Indian journal of veterinary science and animal husbandry - Volume 1,
Year: 1931
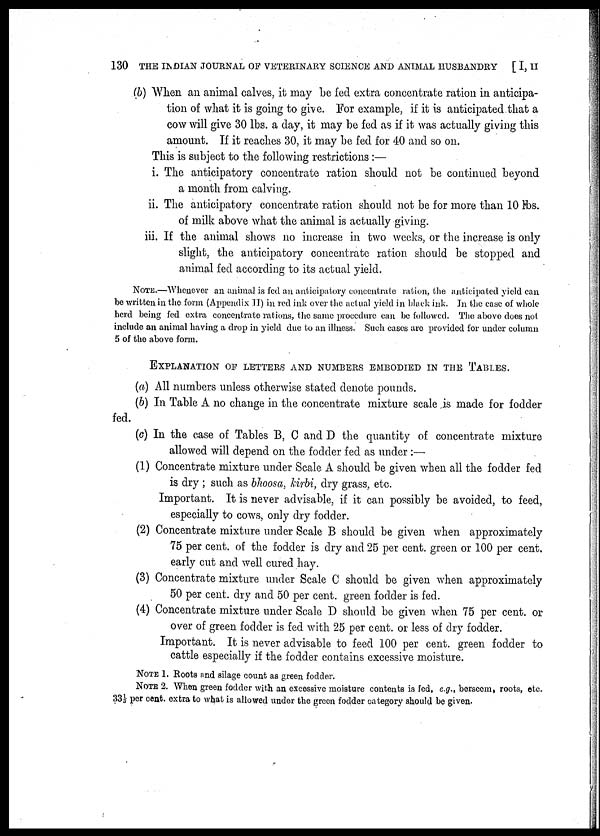
130 THE INDIAN JOURNAL OF VETERINARY SCIENCE AND ANIMAL HUSBANDRY [ I, II
(b) When an animal calves, it may be fed extra concentrate ration in anticipa
tion of what it is going to give. For example, if it is anticipated that a
cow will give 30 lbs. a day, it may be fed as if it was actually giving this
amount. If it reaches 30, it may be fed for 40 and so on.
This is subject to the following restrictions :—
i. The anticipatory concentrate ration should not be continued beyond
a month from calving.
ii. The anticipatory concentrate ration should not be for more than 10 lbs.
of milk above what the animal is actually giving.
iii. If the animal shows no increase in two weeks, or the increase is only
slight, the anticipatory concentrate ration should be stopped and
animal fed according to its actual yield.
NOTE.—Whenever an animal is fed an anticipatory concentrate ration, the anticipated yield can
be written in the form (Appendix II) in red ink over the actual yield in black ink. In the case of whole
herd being fed extra concentrate rations, the same procedure can be followed. The above does not
include an animal having a drop in yield due to an illness. Such cases are provided for under column
5 of the above form.
EXPLANATION OF LETTERS AND NUMBERS EMBODIED IN THE TABLES.
(a) All numbers unless otherwise stated denote pounds.
(b) In Table A no change in the concentrate mixture scale is made for fodder
fed.
(c) In the case of Tables B, C and D the quantity of concentrate mixture
allowed will depend on the fodder fed as under :—
(1) Concentrate mixture under Scale A should be given when all the fodder fed
is dry ; such as bhoosa, kirbi, dry grass, etc.
Important. It is never advisable, if it can possibly be avoided, to feed,
especially to cows, only dry fodder.
(2) Concentrate mixture under Scale B should be given when approximately
75 per cent. of the fodder is dry and 25 per cent. green or 100 per cent.
early cut and well cured hay.
(3) Concentrate mixture under Scale C should be given when approximately
50 per cent. dry and 50 per cent. green fodder is fed.
(4) Concentrate mixture under Scale D should be given when 75 per cent. or
over of green fodder is fed with 25 per cent. or less of dry fodder.
Important. It is never advisable to feed 100 per cent. green fodder to
cattle especially if the fodder contains excessive moisture.
NOTE 1. Roots and silage count as green fodder.
NOTE 2. When green fodder with an excessive moisture contents is fed, e.g., berseem, roots, etc.
33⅓ per cent. extra to what is allowed under the green fodder category should be given.